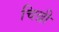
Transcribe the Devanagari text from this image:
चिन्नी